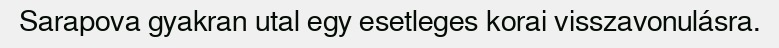
Sarapova gyakran utal egy esetleges korai visszavonulásra.